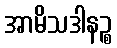
အာမိသဒါနဉ္စ